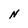
Character: N